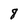
Character: 8